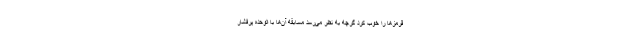
قرمزها را خوب کرد گرچه به نظر می‌رسد مسابقه آن‌ها با الوحده پرفشار